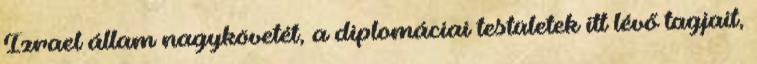
Izrael állam nagykövetét, a diplomáciai testületek itt lévő tagjait,